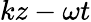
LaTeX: kz-\omega t